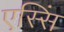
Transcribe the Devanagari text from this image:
एस्सिं